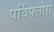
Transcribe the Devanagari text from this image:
पर्विफ्लोरा